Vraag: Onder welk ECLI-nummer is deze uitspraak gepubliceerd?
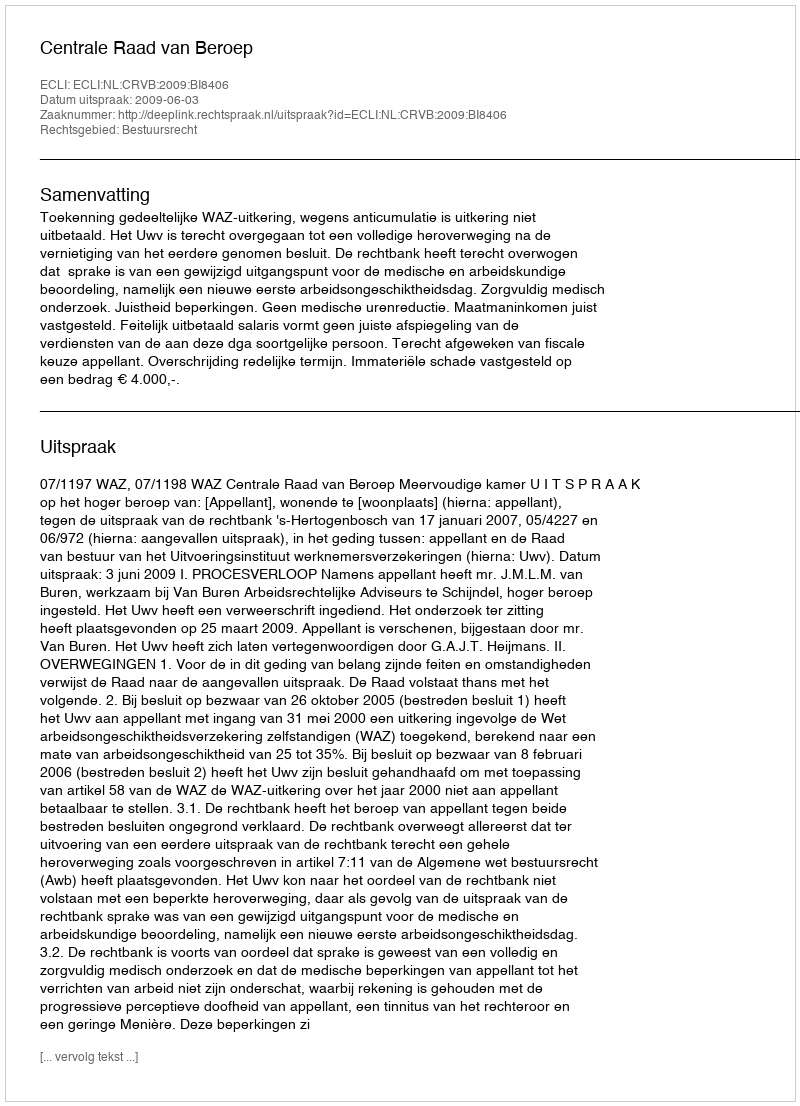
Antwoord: ECLI:NL:CRVB:2009:BI8406